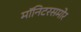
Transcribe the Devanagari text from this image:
मॉनिटरसमोर